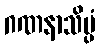
ဂဏနာသိပ္ပံ